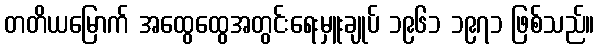
တတိယမြောက် အထွေထွေအတွင်းရေးမှူးချုပ် ၁၉၆၁ ၁၉၇၁ ဖြစ်သည်။